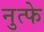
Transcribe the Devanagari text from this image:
नुत्फे